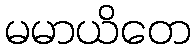
မမာယိတေ